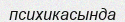
психикасында